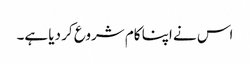
اس نے اپنا کام شروع کر دیا ہے۔